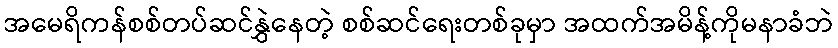
အမေရိကန်စစ်တပ်ဆင်နွှဲနေတဲ့ စစ်ဆင်ရေးတစ်ခုမှာ အထက်အမိန့်ကိုမနာခံဘဲ